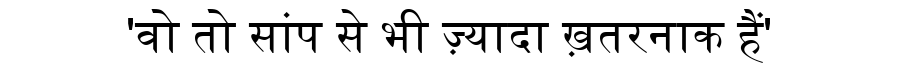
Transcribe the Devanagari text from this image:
'वो तो सांप से भी ज़्यादा ख़तरनाक हैं'